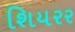
શિયરર